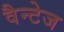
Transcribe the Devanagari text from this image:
वैन्टेज